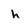
Character: h